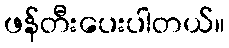
ဖန်တီးပေးပါတယ်။